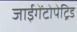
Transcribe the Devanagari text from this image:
जाईगेंटोपेट्रिड